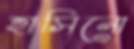
হাসিনো